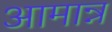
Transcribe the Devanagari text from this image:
आमान्न